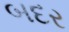
બદર